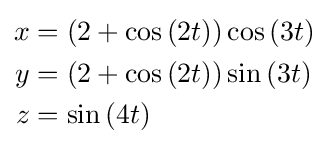
{\begin{aligned}x&=\left(2+\cos {(2t)}\right)\cos {(3t)}\\y&=\left(2+\cos {(2t)}\right)\sin {(3t)}\\z&=\sin {(4t)}\end{aligned}}